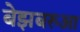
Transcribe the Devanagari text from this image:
बेझबरुआ